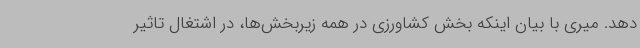
دهد. میری با بیان اینکه بخش کشاورزی در همه زیربخش‌ها، در اشتغال تاثیر